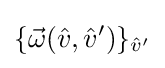
\{{\vec {\omega }}({\hat {v}},{\hat {v}}')\}_{{\hat {v}}'}